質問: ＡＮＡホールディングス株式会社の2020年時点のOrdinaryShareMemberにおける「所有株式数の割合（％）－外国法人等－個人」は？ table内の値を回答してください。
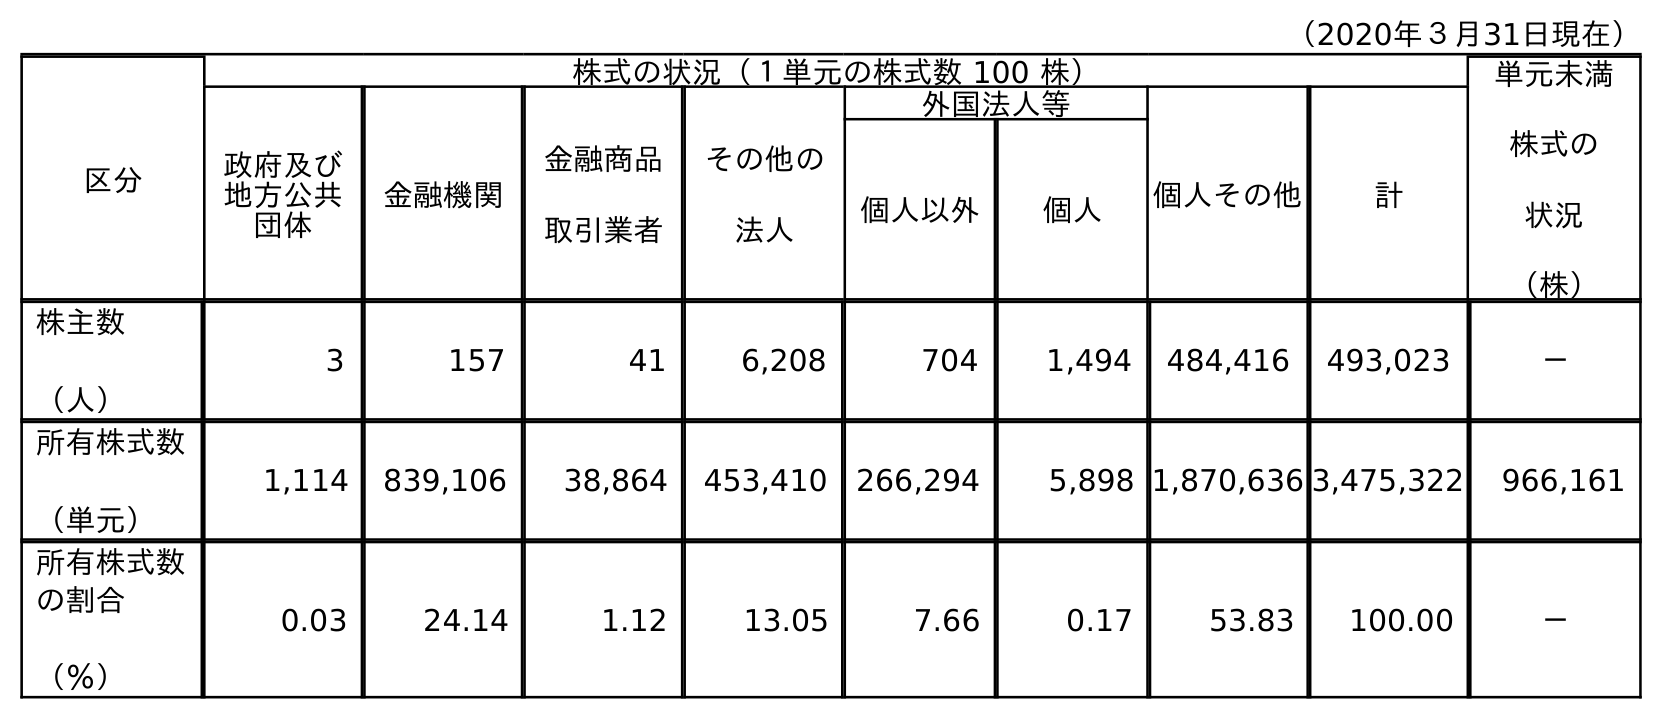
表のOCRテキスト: （2020年３月31日現在） 区分 株式の状況（１単元の株式数 100 株） 単元未満 株式の 状況 （株） 政府及び 地方公共 団体 金融機関 金融商品 取引業者 その他の 法人 外国法人等 個人その他 計 個人以外 個人 株主数 （人） 3 157 41 6,208 704 1,494 484,416 493,023 － 所有株式数 （単元） 1,114 839,106 38,864 453,410 266,294 5,898 1,870,636 3,475,322 966,161 所有株式数 の割合 （％） 0.03 24.14 1.12 13.05 7.66 0.17 53.83 100.00 －
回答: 0.17